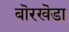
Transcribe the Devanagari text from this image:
बॊरखॆडा